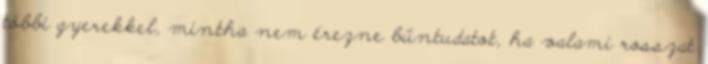
többi gyerekkel, mintha nem érezne bűntudatot, ha valami rosszat